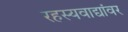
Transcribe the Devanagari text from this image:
रहस्यवाद्यांवर